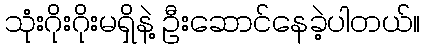
သုံးဂိုးဂိုးမရှိနဲ့ ဦးဆောင်နေခဲ့ပါတယ်။